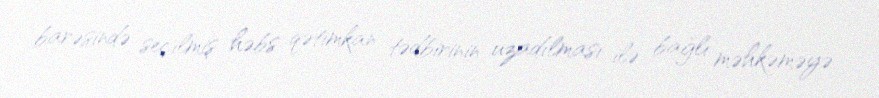
barəsində seçilmiş həbs qətimkan tədbirinin uzadılması ilə bağlı məhkəməyə